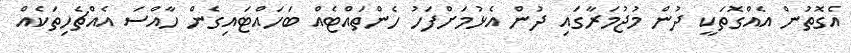
އެގޮތުން އެއްގޮތަކީ ދުން މުޖުމަރާގައި ދުން އެޅުމަށްފަހު ހެންތައްޓެއް ބަހައްޓައިގެން ހާއްސަ އެއްޗެހިތަކެއް